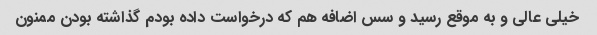
خیلی عالی و به موقع رسید و سس اضافه هم که درخواست داده بودم گذاشته بودن ممنون